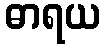
ဓာရယ